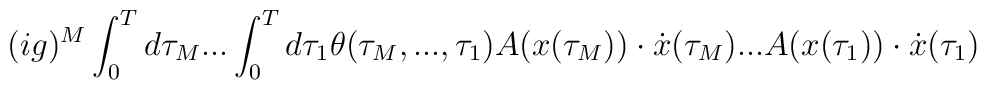
(ig)^M\int_0^Td\tau_M...\int_0^Td\tau_1\theta(\tau_M,...,\tau_1)A(x(\tau_M))\cdot\dot{x}(\tau_M)...A(x(\tau_1))\cdot\dot{x}(\tau_1)